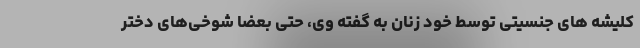
کلیشه های جنسیتی توسط خود زنان به گفته وی، حتی بعضا شوخی‌های دختر